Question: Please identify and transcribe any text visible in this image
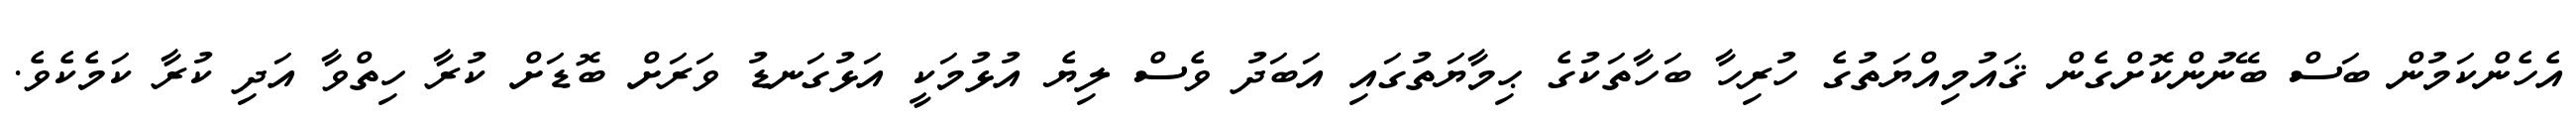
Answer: އެހެންކަމުން ބަސް ބޭނުންކޮށްގެން ޤައުމިއްޔަތުގެ ހުރިހާ ބަހާތަކުގެ ޙިމާޔަތުގައި އަބަދު ވެސް ލިޔެ އުޅުމަކީ އަޅުގަނޑު ވަރަށް ބޮޑަށް ކުރާ ހިތްވާ އަދި ކުރާ ކަމެކެވެ.